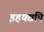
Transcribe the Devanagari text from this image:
इहयद्यपि